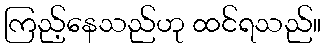
ကြည့်နေသည်ဟု ထင်ရသည်။